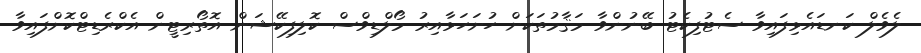
ލެވެލް ކަނޑައެޅިފައިވާ ސެޓުފިކެޓު ބޭނުންވާ މަޤާމުތަކަށް ހުށަހަޅާއިރު މޯލްޑިވްސް ކޮލިފިކޭޝަން އޮތޯރިޓީން އެކްރެޑިޓްކޮށްފައިވާ